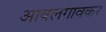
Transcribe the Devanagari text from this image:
आवलगावकर